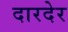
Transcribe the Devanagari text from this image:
दारदेर